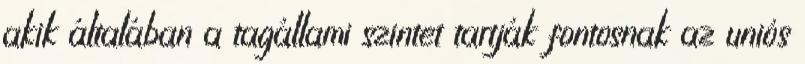
akik általában a tagállami szintet tartják fontosnak az uniós